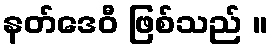
နတ်ဒေဝီ ဖြစ်သည် ။